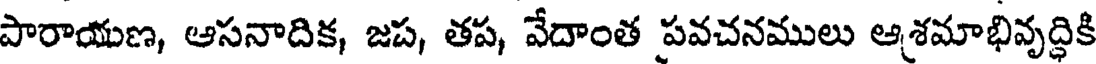
పారాయణ, ఆసనాదిక, జప, తప, వేదాంత పవచనములు ఆశమాభివృద్ధికి